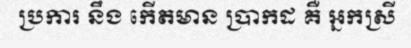
ប្រការ នឹង កើតមាន ប្រាកដ គឺ អ្នកស្រី